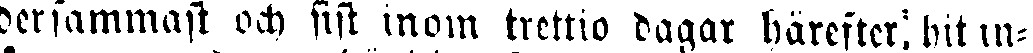
dersammast och sist inom trettio dagar härefter, bit in-